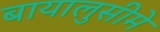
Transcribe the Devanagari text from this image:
बायालुसीमे